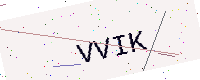
Text: VVIK